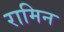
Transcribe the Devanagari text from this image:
रामिन